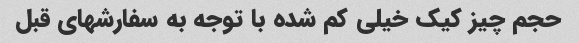
حجم چیز کیک خیلی کم شده با توجه به سفارشهای قبل